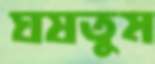
ঘষতুম